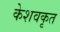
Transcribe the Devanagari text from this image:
केशवकृत